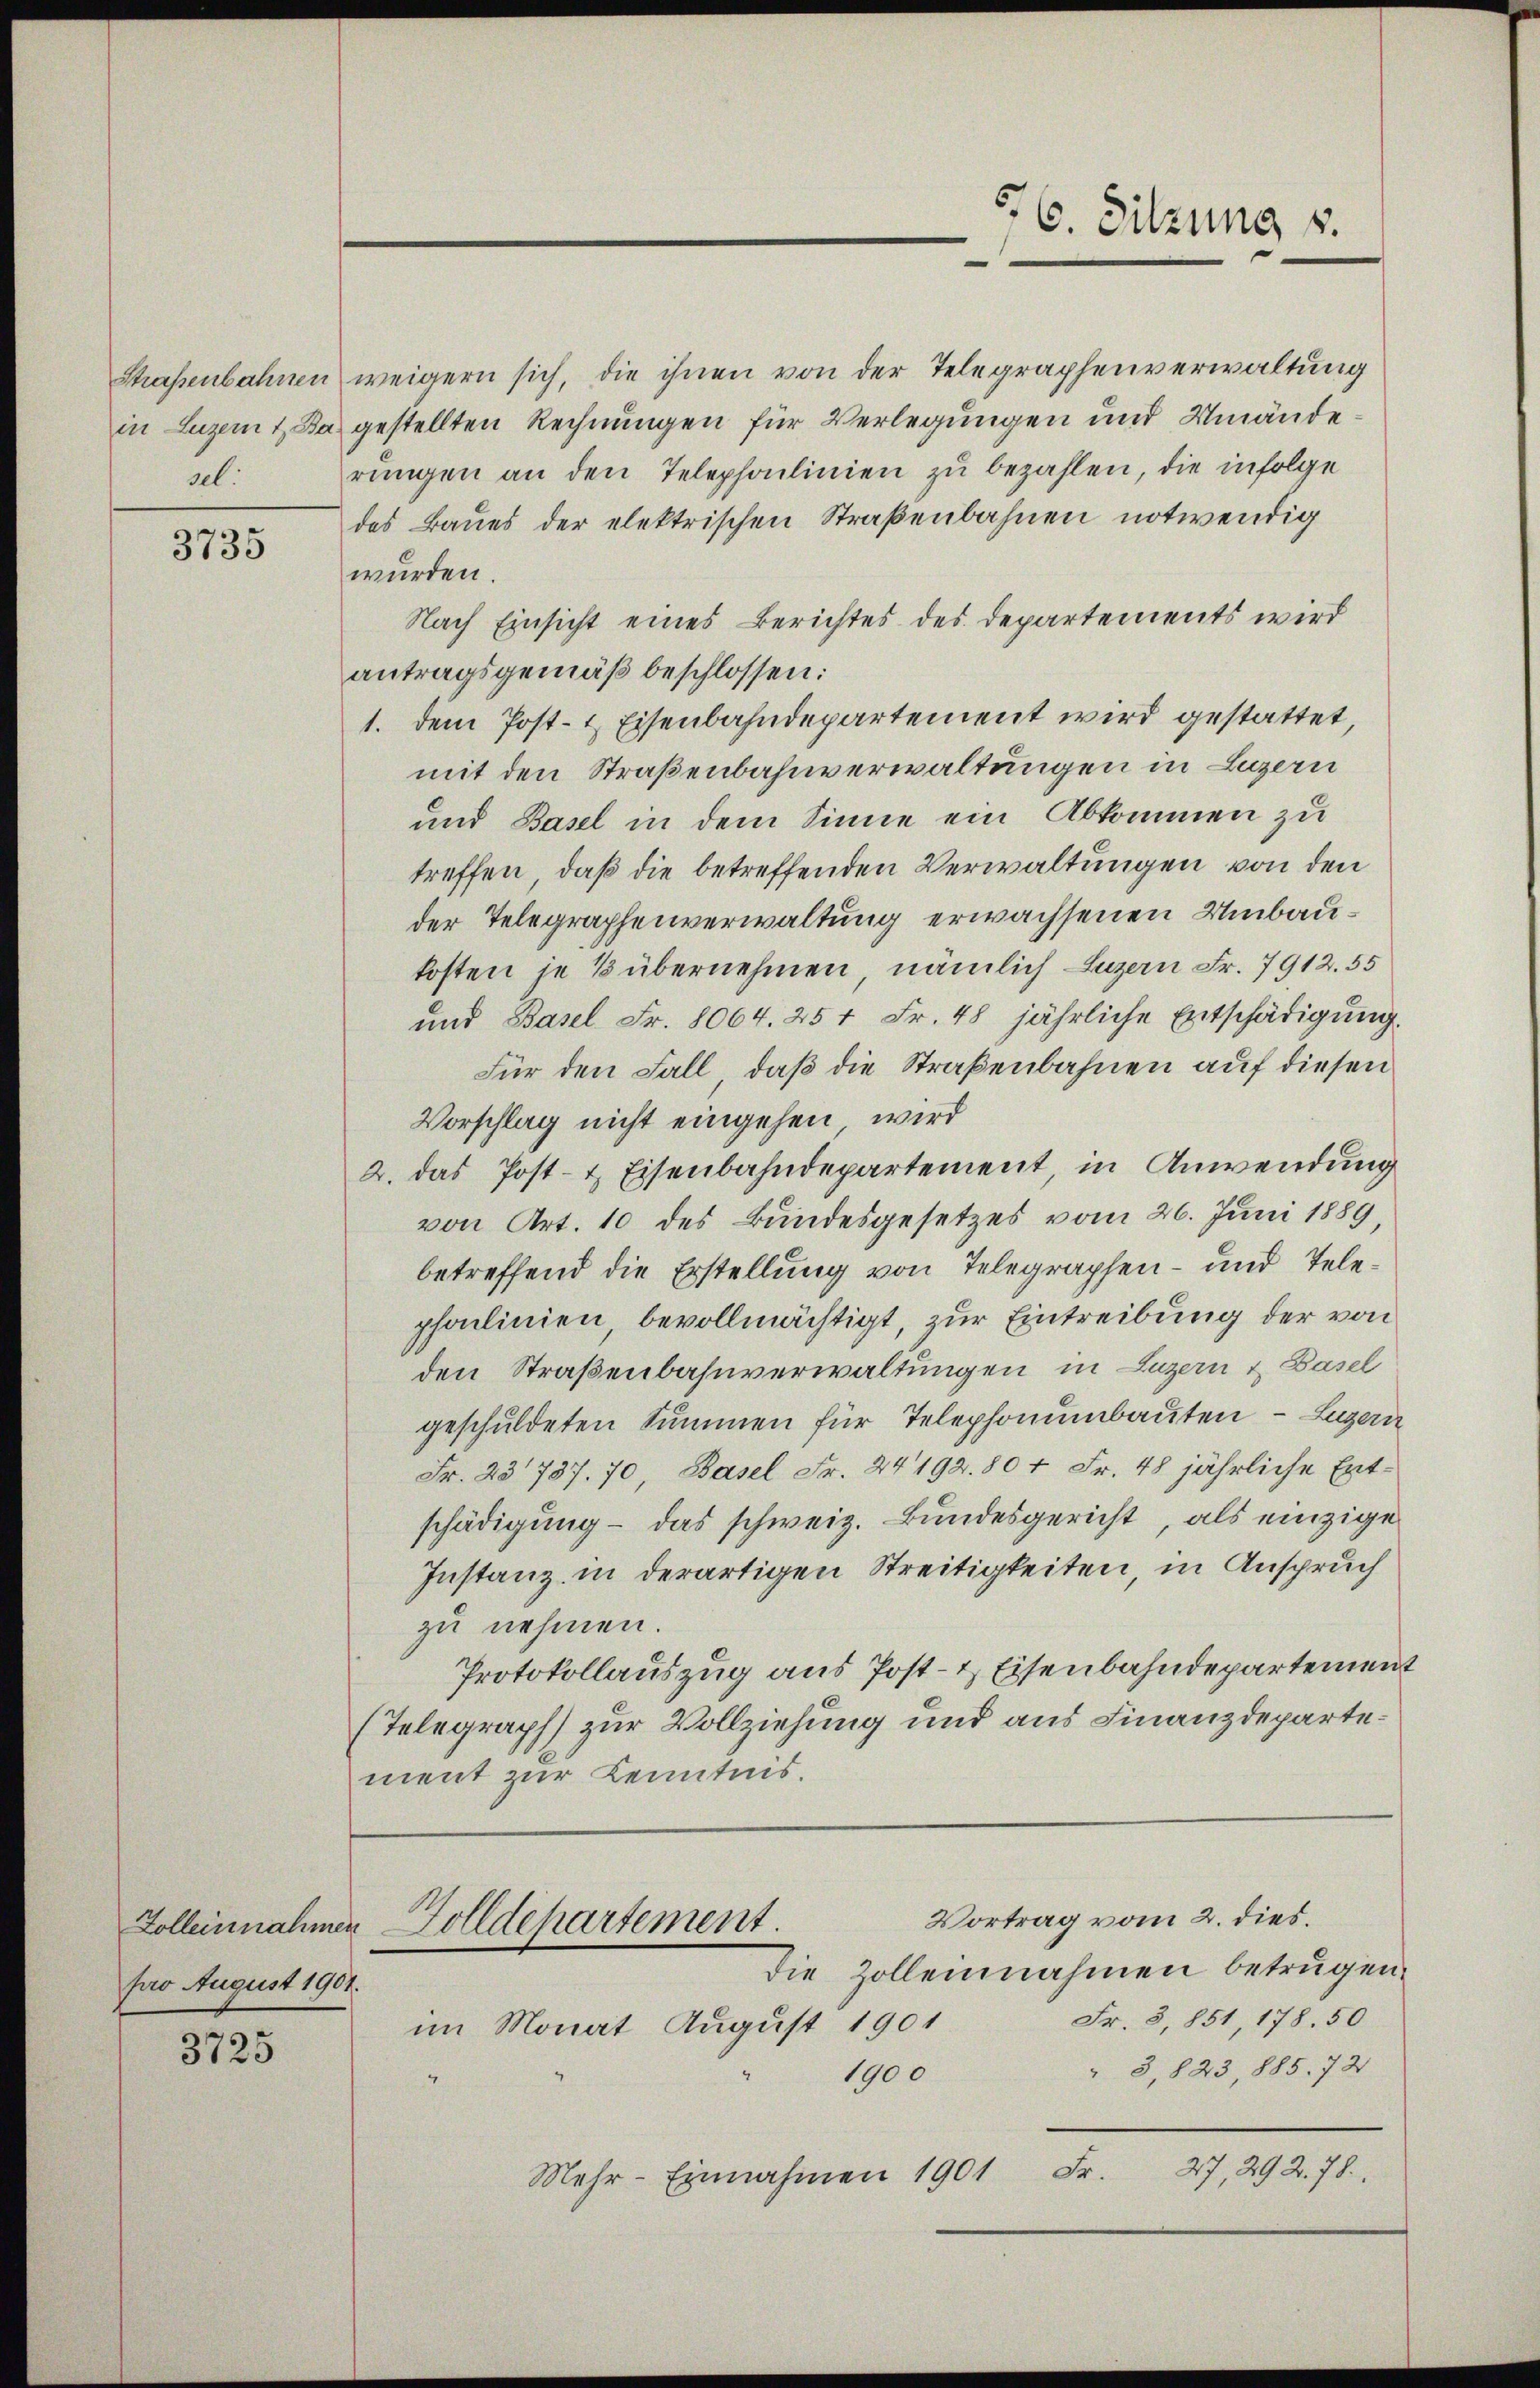
Straßenbahnen
in Luzern t Ba
sel.

3735

Zolleinnahmen
pro August 1901.

3725

weigern sich, die ihnen von der Telegraphenverwaltung
gestellten Rechnungen für Verlegungen und Umände
rŭngen an den Telephonlinien zu bezahlen, die infolge
des Baues der elektrischen Straßenbahnen notwendig
wurden.
Nach Einsicht eines Berichtes des Departements wird
antragsgemäß beschlossen:
1. dem Post- & Eisenbahndepartement wird gestattet,
mit den Straßenbahnverwaltungen in Luzern
und Basel in dem Sinne ein Abkommen zu
treffen, daß die betreffenden Verwaltungen von den
der Telegraphenverwaltung erwachsenen Umbaukosten je 3 übernehmen, nämlich Luzern Fr. 7912. 55
und Basel Fr. 8064. 254 Fr. 48 jährliche Entschädigung.
Für den Fall, daß die Straßenbahnen auf diesen
Vorschlag nicht eingehen, wird
2. das Post- & Eisenbahndepartement, in Anwendung
von Art. 10 des Bundesgesetzes vom 26. Juni 1889,
betreffend die Erstellung von Telegraphen- und Telephalinien bevollmächtigt, zur Eintreibung der von
den Straßenbahnverwaltungen in Luzern & Basel
geschuldeten Summen für Telephonunbauten – Luzern
Fr. 23787. 70, Basel Fr. 24192. 80 + Fr. 48 jährliche Entschädigung - das schweiz. Bundesgericht, als einzige
Instanz in derartigen Streitigkeiten, in Anspruch
zu nehmen.
Protokollauszug aus Post- & Eisenbahndepartement
(Telegraph zur Vollziehung und aus Finanzdepartement zur Kenntnis.

576. Sitzung s.

Vortrag vom 2. dies.
Golldepartement.
Die Zolleinnahmen betrugen.

Fr. 3, 851, 178. 50
im Monat August 1901
" 3,823, 885. 721
1900
27, 292. 78.
Fr.
Mehr-Einnahmen 1901